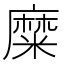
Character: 糜